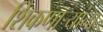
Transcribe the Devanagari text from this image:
शिकणाऱ्यांना